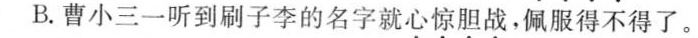
B.曹小三一听到刷子李的名字就心惊胆战。佩服得不得了。